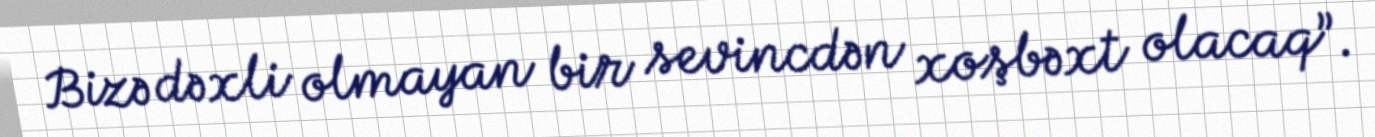
Bizə dəxli olmayan bir sevincdən xoşbəxt olacaq”.